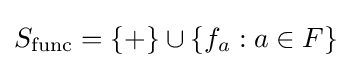
S_{\operatorname {func} }=\{+\}\cup \left\{f_{a}:a\in F\right\}